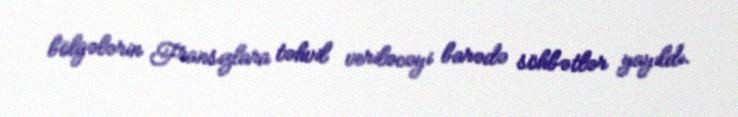
bölgələrin Fransızlara təhvil veriləcəyi barədə söhbətlər yayıldı.